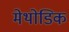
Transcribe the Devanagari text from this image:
मेथोडिक